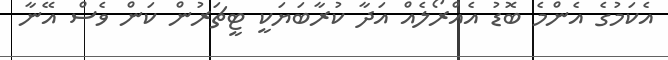
އެކަމުގެ އެންމެ ބޮޑު އެއްރޯލެއް އަދާ ކުރާބަޔަކީ ޓީޗަރުން ކަން ވެސް އޭނާ